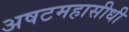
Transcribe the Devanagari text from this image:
अषटमहासीधी